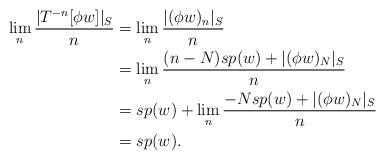
LaTeX: \begin{align*}\lim_n \frac{\lvert T^{-n}[\phi w]\rvert_S}{n}&=\lim_n \frac{\lvert (\phi w)_n\rvert_S}{n}\\&=\lim_n \frac{(n-N)sp(w)+\lvert (\phi w)_N\rvert_S}{n}\\&=sp(w)+\lim_n \frac{-Nsp(w)+\lvert (\phi w)_N\rvert_S}{n}\\&=sp(w).\end{align*}